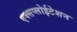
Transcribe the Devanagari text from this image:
एक्सप्लोईटेशन